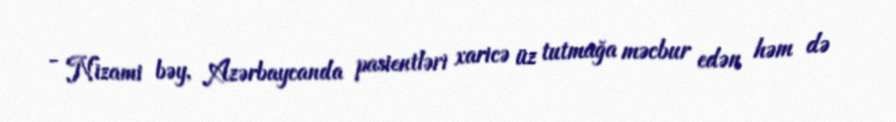
- Nizami bəy, Azərbaycanda pasientləri xaricə üz tutmağa məcbur edən həm də